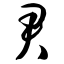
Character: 君